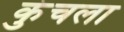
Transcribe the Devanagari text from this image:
कुंचला